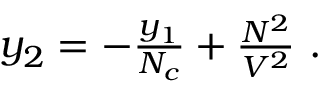
\begin{array} { r } { y _ { 2 } = - \frac { y _ { 1 } } { N _ { c } } + \frac { N ^ { 2 } } { V ^ { 2 } } ~ . } \end{array}